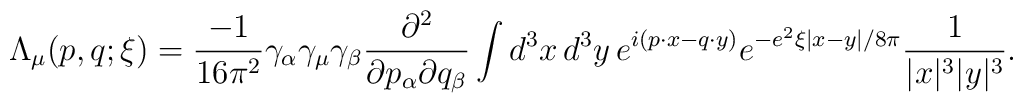
\Lambda_\mu(p,q;\xi) = \frac{-1}{16\pi^2}      \gamma_\alpha \gamma_\mu \gamma_\beta  \frac{\partial^2}{\partial p_\alpha \partial q_\beta}\int d^3x\,d^3y\,       e^{i(p\cdot x - q\cdot y)} e^{-e^2\xi\left|x-y\right| / 8\pi}         \frac{1}{|x|^3 |y|^3}.